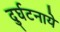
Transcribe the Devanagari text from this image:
दुर्घटनाये